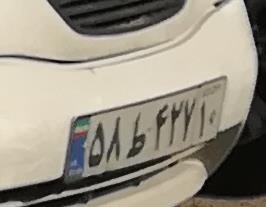
۵۸ط۴۲۷۱۰